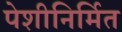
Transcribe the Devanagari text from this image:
पेशीनिर्मित